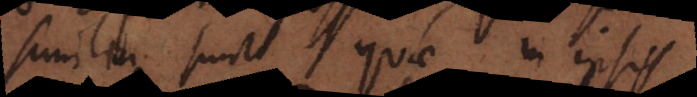
similia sunt quae in ipsis